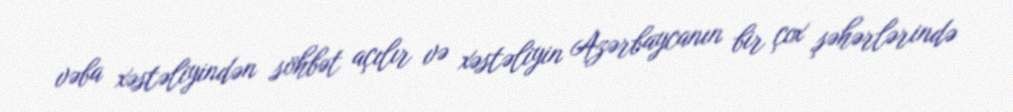
vəba xəstəliyindən söhbət açılır və xəstəliyin Azərbaycanın bir çox şəhərlərində